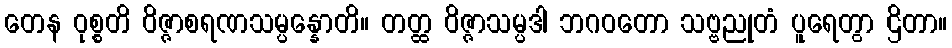
တေန ဝုစ္စတိ ဝိဇ္ဇာစရဏသမ္ပန္နောတိ။ တတ္ထ ဝိဇ္ဇာသမ္ပဒါ ဘဂဝတော သဗ္ဗညုတံ ပူရေတွာ ဌိတာ။